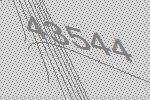
43544